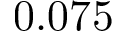
0 . 0 7 5